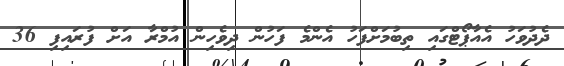
ދެދުވަހު އެއާޕޯޓްގައި ތިބުމަށްފަހު އެންމެ ފަހުން ދިވެހިން އުމްރާ އަށް ފުރައިފި 36